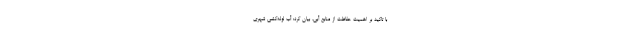
با تاکید بر اهمیت حفاظت از منابع آبی‌، بیان کرد: آب لوله‌کشی شهری